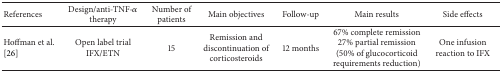
| References | Design/anti-TNF-α therapy | Number of patients | Main objectives | Follow-up | Main results | Side effects |
 | --- | --- | --- | --- | --- | --- | --- |
 | Hoffman et al. [26] | Open label trial IFX/ETN | 15 | Remission and discontinuation of corticosteroids | 12 months | 67% complete remission 27% partial remission (50% of glucocorticoid requirements reduction) | One infusion reaction to IFX |